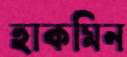
হাকমিন